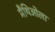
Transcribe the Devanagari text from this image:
मैथिओला